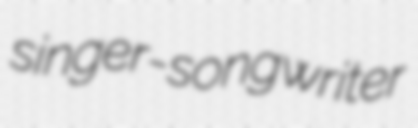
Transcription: singer-songwriter